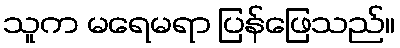
သူက မရေမရာ ပြန်ဖြေသည်။